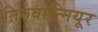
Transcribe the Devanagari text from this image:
तिरुवान्मियूर